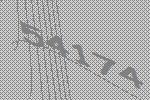
54174